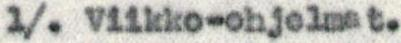
1/. Viikko-ohjelmat.